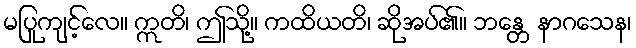
မပြုကျင့်လေ။ ဣတိ၊ ဤသို့။ ကထိယတိ၊ ဆိုအပ်၏။ ဘန္တေ နာဂသေန၊